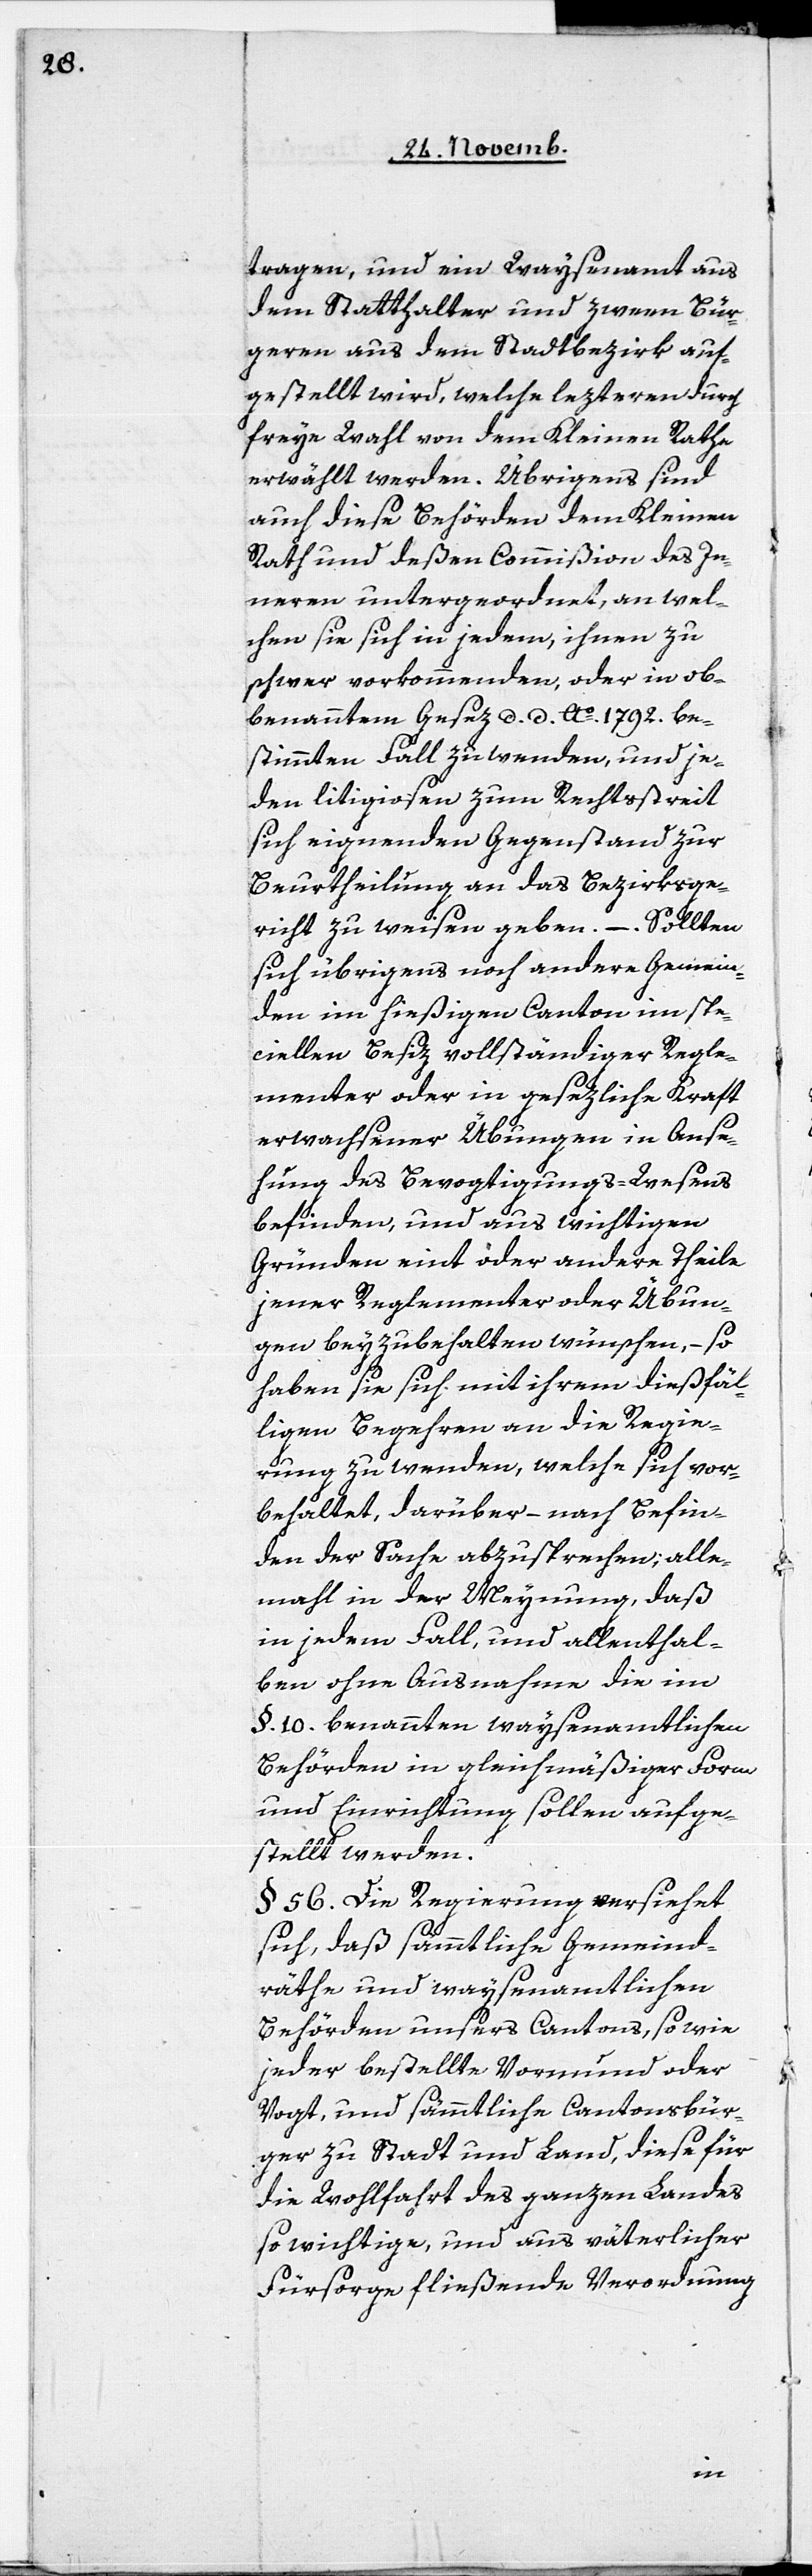
tragen, und ein Waysenamt aus
dem Statthalter und zween Bür¬
geren aus dem Stadtbezirk auf¬
gestellt wird, welche lezteren durch
freye Wahl von dem Kleinen Rath
erwählt werden. Übrigens sind
auch diese Behörden dem Kleinen
Rath und deßen Commißion des In¬
neren untergeordnet, an wel¬
chen sie sich in jedem, ihnen zu
schwer vorkommenden, oder in ob¬
benanntem Gesez d. d. Ao 1792. be¬
stimmten Fall zu wenden, und je¬
den litigiosen zum Rechtsstreit
sich eignenden Gegenstand zur
Beurtheilung an das Bezirksge¬
richt zu weisen geben. – Sollten
sich übrigens noch andere Gemein¬
den im hießigen Canton im spe¬
ciellen Besiz vollständiger Regle¬
mente oder in gesetzliche Kraft
erwachsener Übungen in Anse¬
hung des Bevogtigungs-Wesens
befinden, und aus wichtigen
Gründen eint oder andere Theile
jener Reglementer oder Übun¬
gen beyzubehalten wünschen, – so
haben sie sich mit ihrem dießfäl¬
ligen Begehren an die Regie¬
rung zu wenden, welche sich vor¬
behaltet, darüber – nach Befin¬
den der Sache abzusprechen; alle¬
mahl in der Meynung, daß
in jedem Fall, und allenthal¬
ben ohne Ausnahme die im
§. 10. benannten waysenamtlichen
Behörden in gleichmäßiger Form
und Einrichtung sollen aufge¬
stellt werden.
§. 56. Die Regierung versiehet
sich, daß sämmtliche Gemeind¬
räthe und waysenamtlichen
Behörden unsers Cantons, so wie
jeder bestellte Vormund oder
Vogt, und sämmtliche Cantonsbür¬
ger zu Stadt und Land, diese für
die Wohlfahrt des ganzen Landes
so wichtige, und aus väterlicher
Fürsorge fließende Verordnung